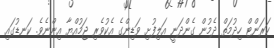
ކަރަންޓް ހިދުމަތް ދެމުން ގެންދަނީ އަލިފުށި ވަޑިންގެ އެކުވެރި ޖަމުއްޔާ އިންނެވެ. ކަނޑުގައި